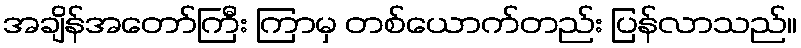
အချိန်အတော်ကြီး ကြာမှ တစ်ယောက်တည်း ပြန်လာသည်။